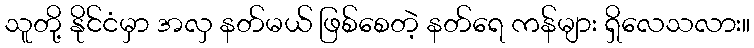
သူတို့ နိုင်ငံမှာ အလှ နတ်မယ် ဖြစ်စေတဲ့ နတ်ရေ ကန်များ ရှိလေသလား။